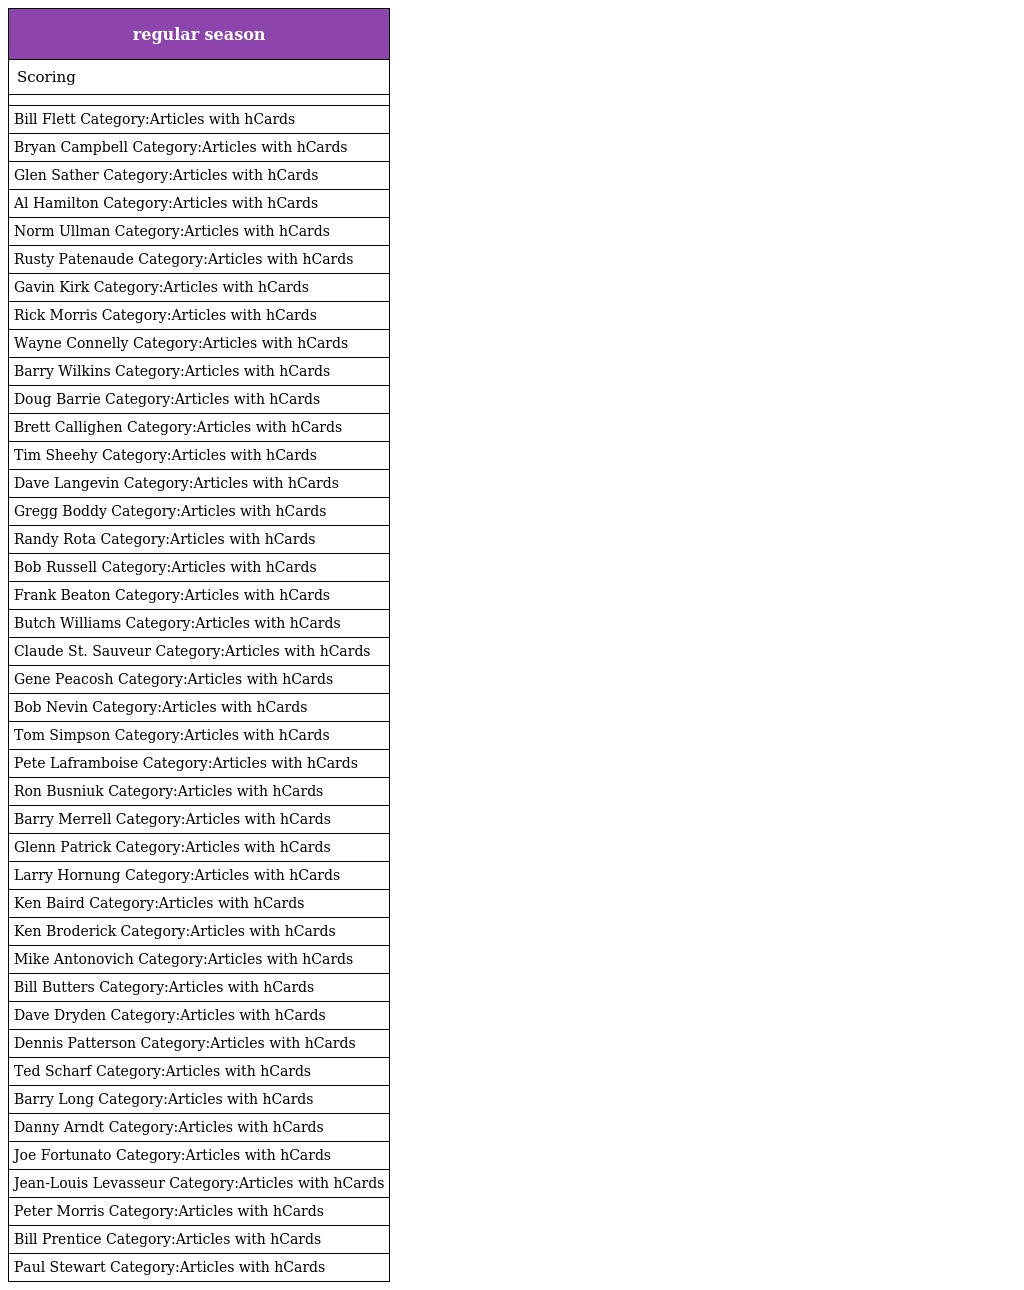
| regular season |
 | --- |
 | Scoring |
 |  |
 | Bill Flett Category:Articles with hCards |
 | Bryan Campbell Category:Articles with hCards |
 | Glen Sather Category:Articles with hCards |
 | Al Hamilton Category:Articles with hCards |
 | Norm Ullman Category:Articles with hCards |
 | Rusty Patenaude Category:Articles with hCards |
 | Gavin Kirk Category:Articles with hCards |
 | Rick Morris Category:Articles with hCards |
 | Wayne Connelly Category:Articles with hCards |
 | Barry Wilkins Category:Articles with hCards |
 | Doug Barrie Category:Articles with hCards |
 | Brett Callighen Category:Articles with hCards |
 | Tim Sheehy Category:Articles with hCards |
 | Dave Langevin Category:Articles with hCards |
 | Gregg Boddy Category:Articles with hCards |
 | Randy Rota Category:Articles with hCards |
 | Bob Russell Category:Articles with hCards |
 | Frank Beaton Category:Articles with hCards |
 | Butch Williams Category:Articles with hCards |
 | Claude St. Sauveur Category:Articles with hCards |
 | Gene Peacosh Category:Articles with hCards |
 | Bob Nevin Category:Articles with hCards |
 | Tom Simpson Category:Articles with hCards |
 | Pete Laframboise Category:Articles with hCards |
 | Ron Busniuk Category:Articles with hCards |
 | Barry Merrell Category:Articles with hCards |
 | Glenn Patrick Category:Articles with hCards |
 | Larry Hornung Category:Articles with hCards |
 | Ken Baird Category:Articles with hCards |
 | Ken Broderick Category:Articles with hCards |
 | Mike Antonovich Category:Articles with hCards |
 | Bill Butters Category:Articles with hCards |
 | Dave Dryden Category:Articles with hCards |
 | Dennis Patterson Category:Articles with hCards |
 | Ted Scharf Category:Articles with hCards |
 | Barry Long Category:Articles with hCards |
 | Danny Arndt Category:Articles with hCards |
 | Joe Fortunato Category:Articles with hCards |
 | Jean-Louis Levasseur Category:Articles with hCards |
 | Peter Morris Category:Articles with hCards |
 | Bill Prentice Category:Articles with hCards |
 | Paul Stewart Category:Articles with hCards |